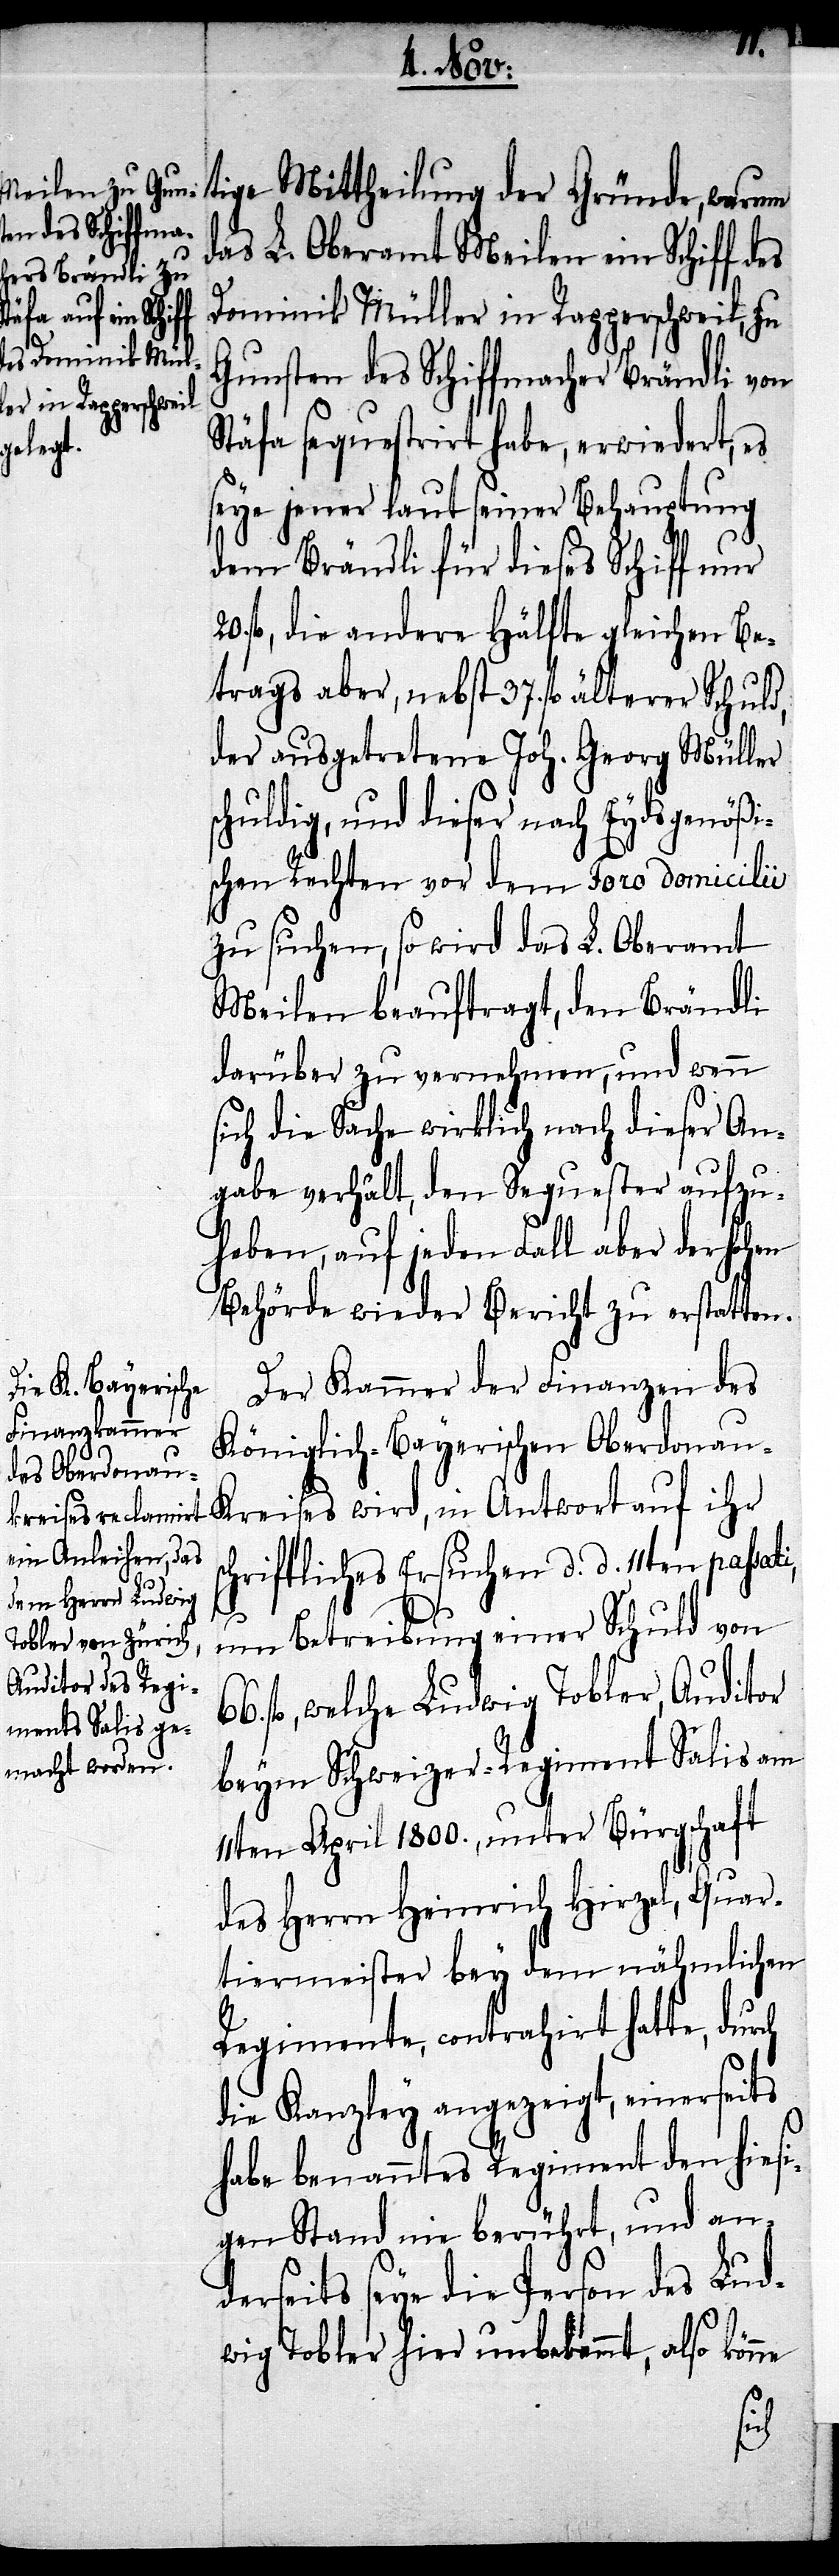
tige Mittheilung der Gründe, warum
das L. Oberamt Meilen ein Schiff d¬
Dominik Müller in Rapperschweil, zu
Gunsten des Schiffmacher Brändli von
Stäfa sequestrirt habe, erwiedert, es
seye jener laut seiner Behauptung
dem Brändli für dieses Schiff nur
fl., die andere Hälfte gleichen Be¬
trages aber, nebst 37. fl. älterer Schuld,
der ausgetretene Joh. Georg Müller
chuldig, und dieser nach Eydsgenößi¬
schen Rechten vor dem Foro domicilii
zu suchen, so wird das L. Oberamt
Meilen beauftragt, den Brändli
darüber zu vernehmen, und wenn
sich die Sache wirklich nach dieser An¬
gabe verhält, den Sequester aufzu¬
heben, auf jeden Fall aber der Hohen
Behörde wieder Bericht zu erstatten.
Der Kammer der Finanzen des
Königlich-Bayerischen Oberdonau-K¬
reises wird, in Antwort auf ihr
chriftliches Ersuchen d. d. 11ten passat¬
um Betreibung einer Schuld von
fl., welche Ludwig Tobler, Auditor
beym Schweizer-Regiment Salis am
11ten April 1800., unter Bürgschaft
des Herrn Heinrich Hirzel, Quar¬
tiermeister bey dem nähmlichen
Regimente, contrahirt hatte, durch
die Kanzley angezeigt, einerseits
habe benanntes Regiment den hiesi¬
gen Stand nie berührt, und an¬
derseits seye die Person des Lud¬
wig Tobler hier unbekannt, also kön¬
ne